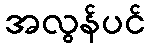
အလွန်ပင်